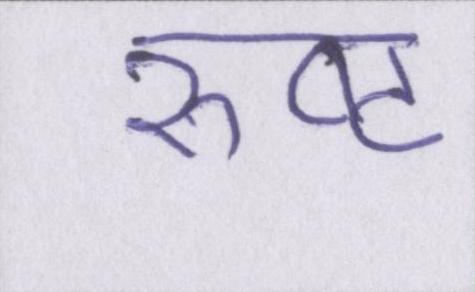
रुष्ट